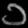
Digit: ၁